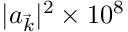
| a _ { \vec { k } } | ^ { 2 } \times 1 0 ^ { 8 }